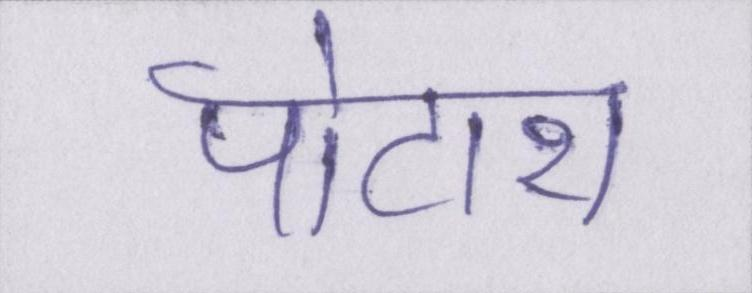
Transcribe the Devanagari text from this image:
पोटाश